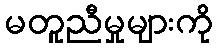
မတူညီမှုများကို